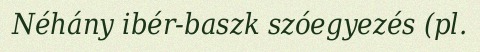
Néhány ibér-baszk szóegyezés (pl.